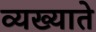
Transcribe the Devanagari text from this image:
व्यख्याते